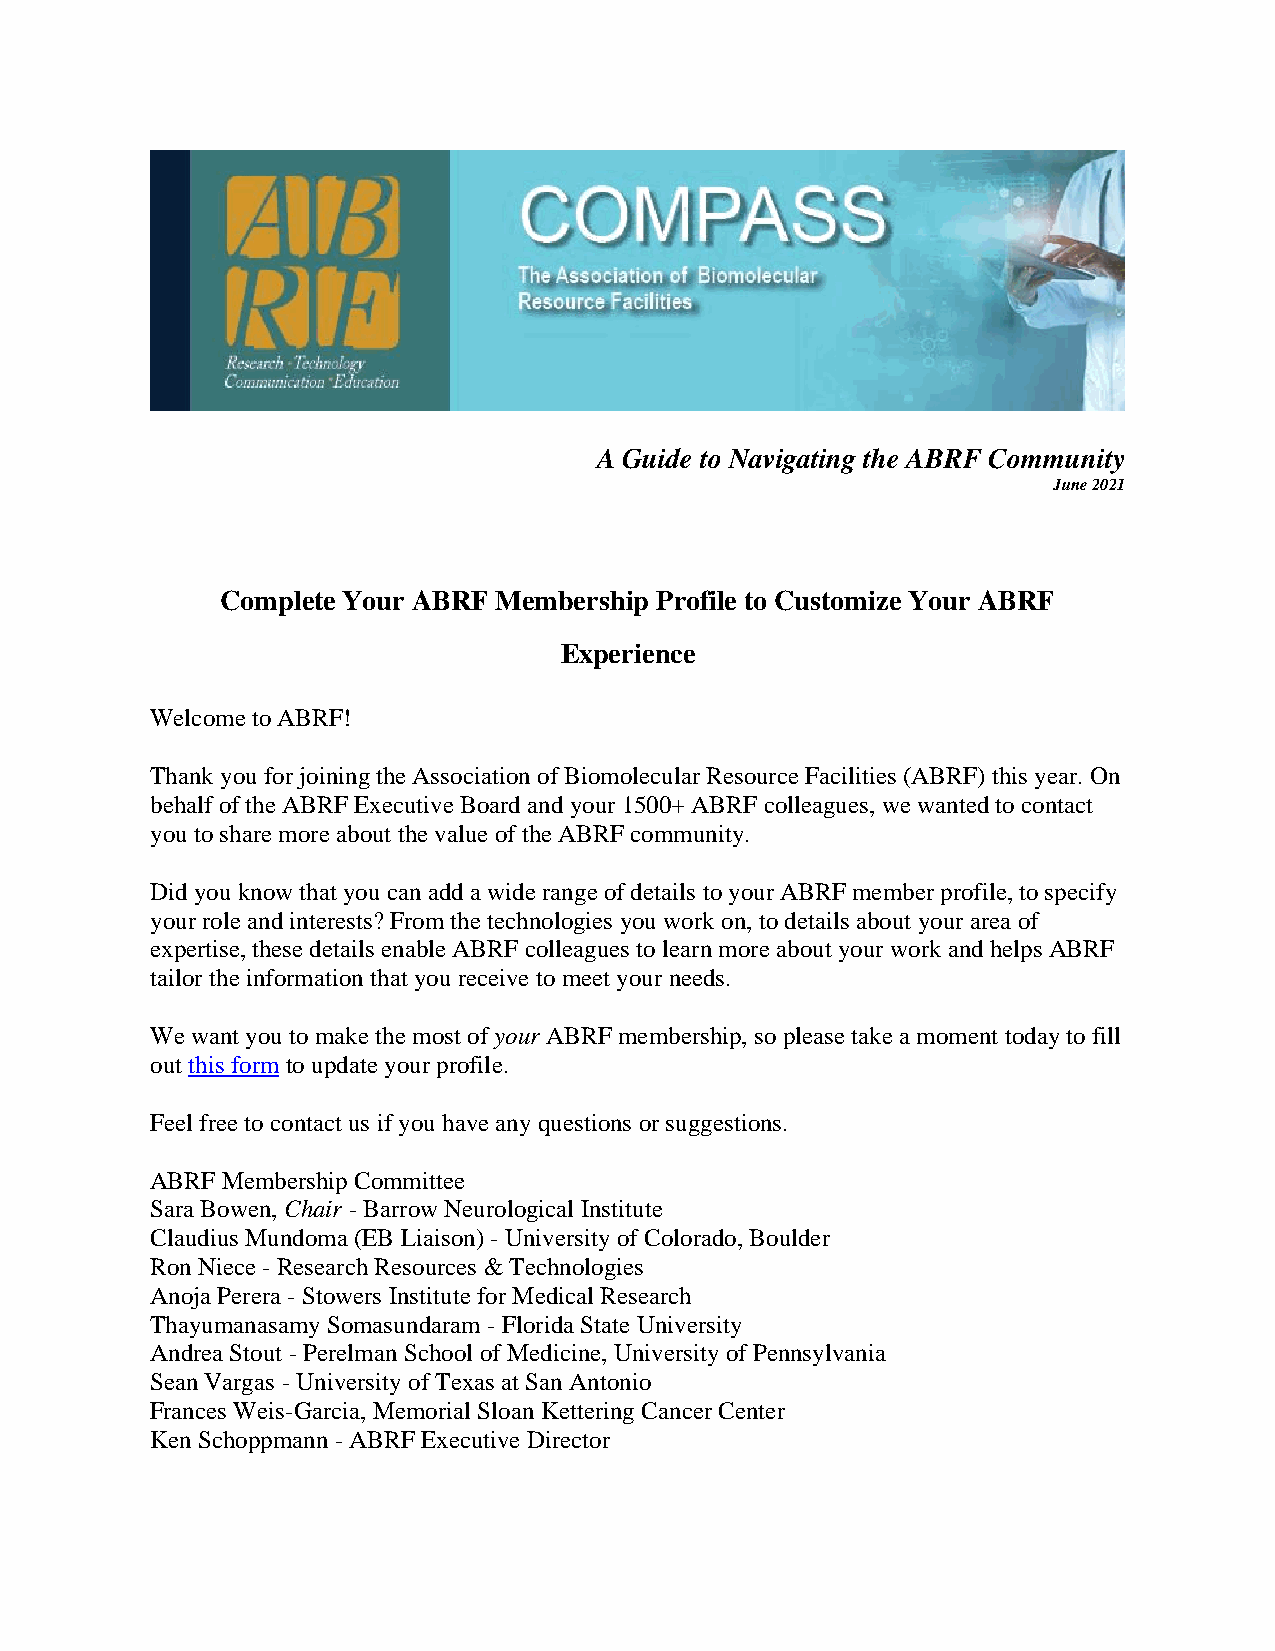
A Guide to Navigating the ABRF Community
 June 2021
 Complete Your ABRF Membership Profile to Customize Your ABRF
 Experience
 Welcome to ABRF!
 Thank you for joining the Association of Biomolecular Resource Facilities (ABRF) this year. On
 behalf of the ABRF Executive Board and your 1500+ ABRF colleagues, we wanted to contact
 you to share more about the value of the ABRF community.
 Did you know that you can add a wide range of details to your ABRF member profile, to specify
 your role and interests? From the technologies you work on, to details about your area of
 expertise, these details enable ABRF colleagues to learn more about your work and helps ABRF
 tailor the information that you receive to meet your needs.
 We want you to make the most of your ABRF membership, so please take a moment today to fill
 out this form to update your profile.
 Feel free to contact us if you have any questions or suggestions.
 ABRF Membership Committee
 Sara Bowen, Chair - Barrow Neurological Institute
 Claudius Mundoma (EB Liaison) - University of Colorado, Boulder
 Ron Niece - Research Resources & Technologies
 Anoja Perera - Stowers Institute for Medical Research
 Thayumanasamy Somasundaram - Florida State University
 Andrea Stout - Perelman School of Medicine, University of Pennsylvania
 Sean Vargas - University of Texas at San Antonio
 Frances Weis-Garcia, Memorial Sloan Kettering Cancer Center
 Ken Schoppmann - ABRF Executive Director